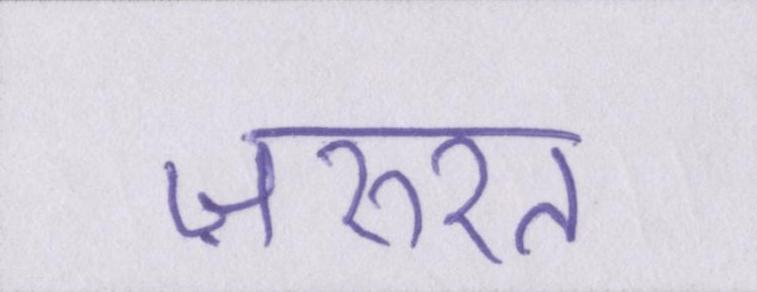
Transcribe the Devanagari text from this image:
ज़रुरत